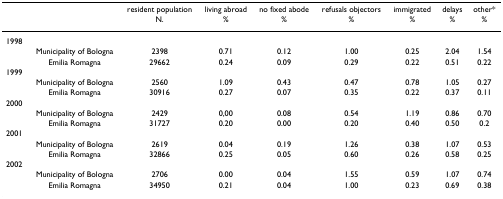
|  |  | resident population | living abroad | no fixed abode | refusals objectors | immigrated | delays | other* |
 |  |  | N. | % | % | % | % | % | % |
 | --- | --- | --- | --- | --- | --- | --- | --- | --- |
 | 1998 |  |  |  |  |  |  |  |  |
 |  | Municipality of Bologna | 2398 | 0.71 | 0.12 | 1.00 | 0.25 | 2.04 | 1.54 |
 |  | Emilia Romagna | 29662 | 0.24 | 0.09 | 0.29 | 0.22 | 0.51 | 0.22 |
 | 1999 |  |  |  |  |  |  |  |  |
 |  | Municipality of Bologna | 2560 | 1.09 | 0.43 | 0.47 | 0.78 | 1.05 | 0.27 |
 |  | Emilia Romagna | 30916 | 0.27 | 0.07 | 0.35 | 0.22 | 0.37 | 0.11 |
 | 2000 |  |  |  |  |  |  |  |  |
 |  | Municipality of Bologna | 2429 | 0,00 | 0.08 | 0.54 | 1.19 | 0.86 | 0.70 |
 |  | Emilia Romagna | 31727 | 0.20 | 0.00 | 0.20 | 0.40 | 0.50 | 0.2 |
 | 2001 |  |  |  |  |  |  |  |  |
 |  | Municipality of Bologna | 2619 | 0.04 | 0.19 | 1.26 | 0.38 | 1.07 | 0.53 |
 |  | Emilia Romagna | 32866 | 0.25 | 0.05 | 0.60 | 0.26 | 0.58 | 0.25 |
 | 2002 |  |  |  |  |  |  |  |  |
 |  | Municipality of Bologna | 2706 | 0.00 | 0.04 | 1.55 | 0.59 | 1.07 | 0.74 |
 |  | Emilia Romagna | 34950 | 0.21 | 0.04 | 1.00 | 0.23 | 0.69 | 0.38 |